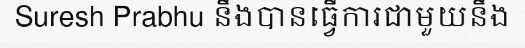
Suresh Prabhu នឹងបានធ្វើការជាមួយនឹង